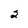
Character: 2